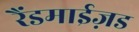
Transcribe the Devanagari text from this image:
रैंडमाईज़ड